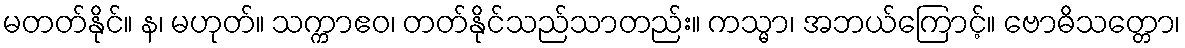
မတတ်နိုင်။ န၊ မဟုတ်။ သက္ကာဧဝ၊ တတ်နိုင်သည်သာတည်း။ ကသ္မာ၊ အဘယ်ကြောင့်။ ဗောဓိသတ္တော၊